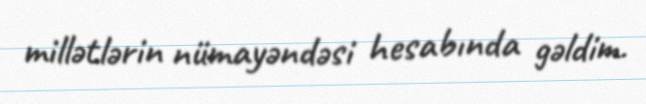
millətlərin nümayəndəsi hesabında gəldim.